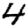
Digit: 4